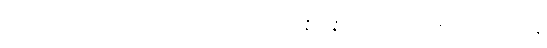
ကထာယ၊ အဘယ်မည်သော စကားဖြင့်။ သန္နိသိန္နာ၊ စည်းဝေးကုန်သည်။ အတ္ထနု၊